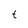
Character: t